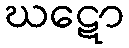
ဃဋော